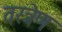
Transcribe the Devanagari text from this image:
वस्त्रेण